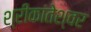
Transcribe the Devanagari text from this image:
श्रीकांतेश्वर